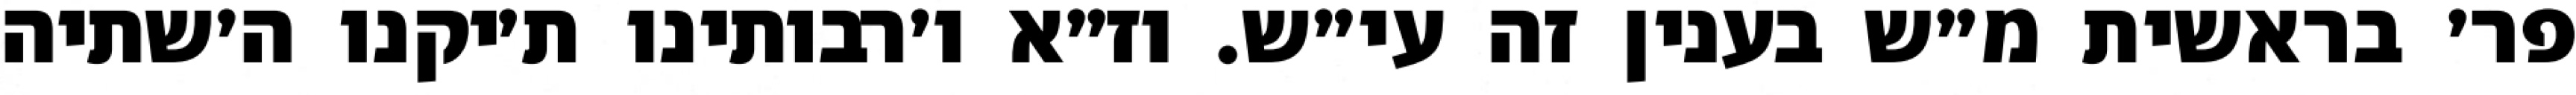
פר׳ בראשית מ״ש בענין זה עי״ש. וז״א ו׳רבותינו ת׳יקנו ה׳שתיה